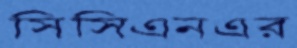
সিসিএনএর